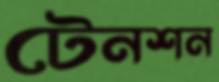
টেনশন